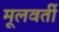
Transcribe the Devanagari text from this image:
मूलवर्ती